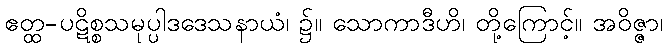
ဧတ္ထ-ပဋိစ္စသမုပ္ပါဒဒေသနာယံ၊ ၌။ သောကာဒီဟိ၊ တို့ကြောင့်။ အဝိဇ္ဇာ၊